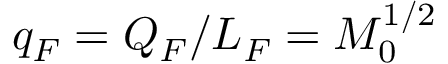
q _ { F } = Q _ { F } / L _ { F } = M _ { 0 } ^ { 1 / 2 }